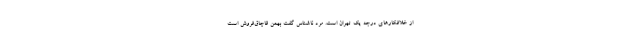
از خلافکارهای درجه یک تهران است. مرد ناشناس گفت بهمن قاچاق‌فروش است